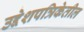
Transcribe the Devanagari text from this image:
उद्देशपत्रिकेतील